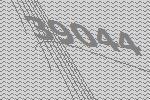
39044